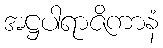
အဋ္ဌပါရာဇိကာနံ